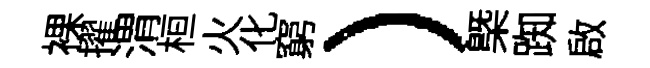
裸擢渭桓火化窮）㮣踟啟